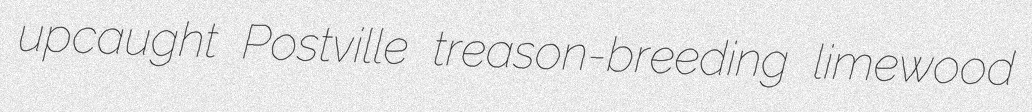
upcaught Postville treason-breeding limewood